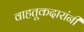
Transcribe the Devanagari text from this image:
वाहतूकदारांनी